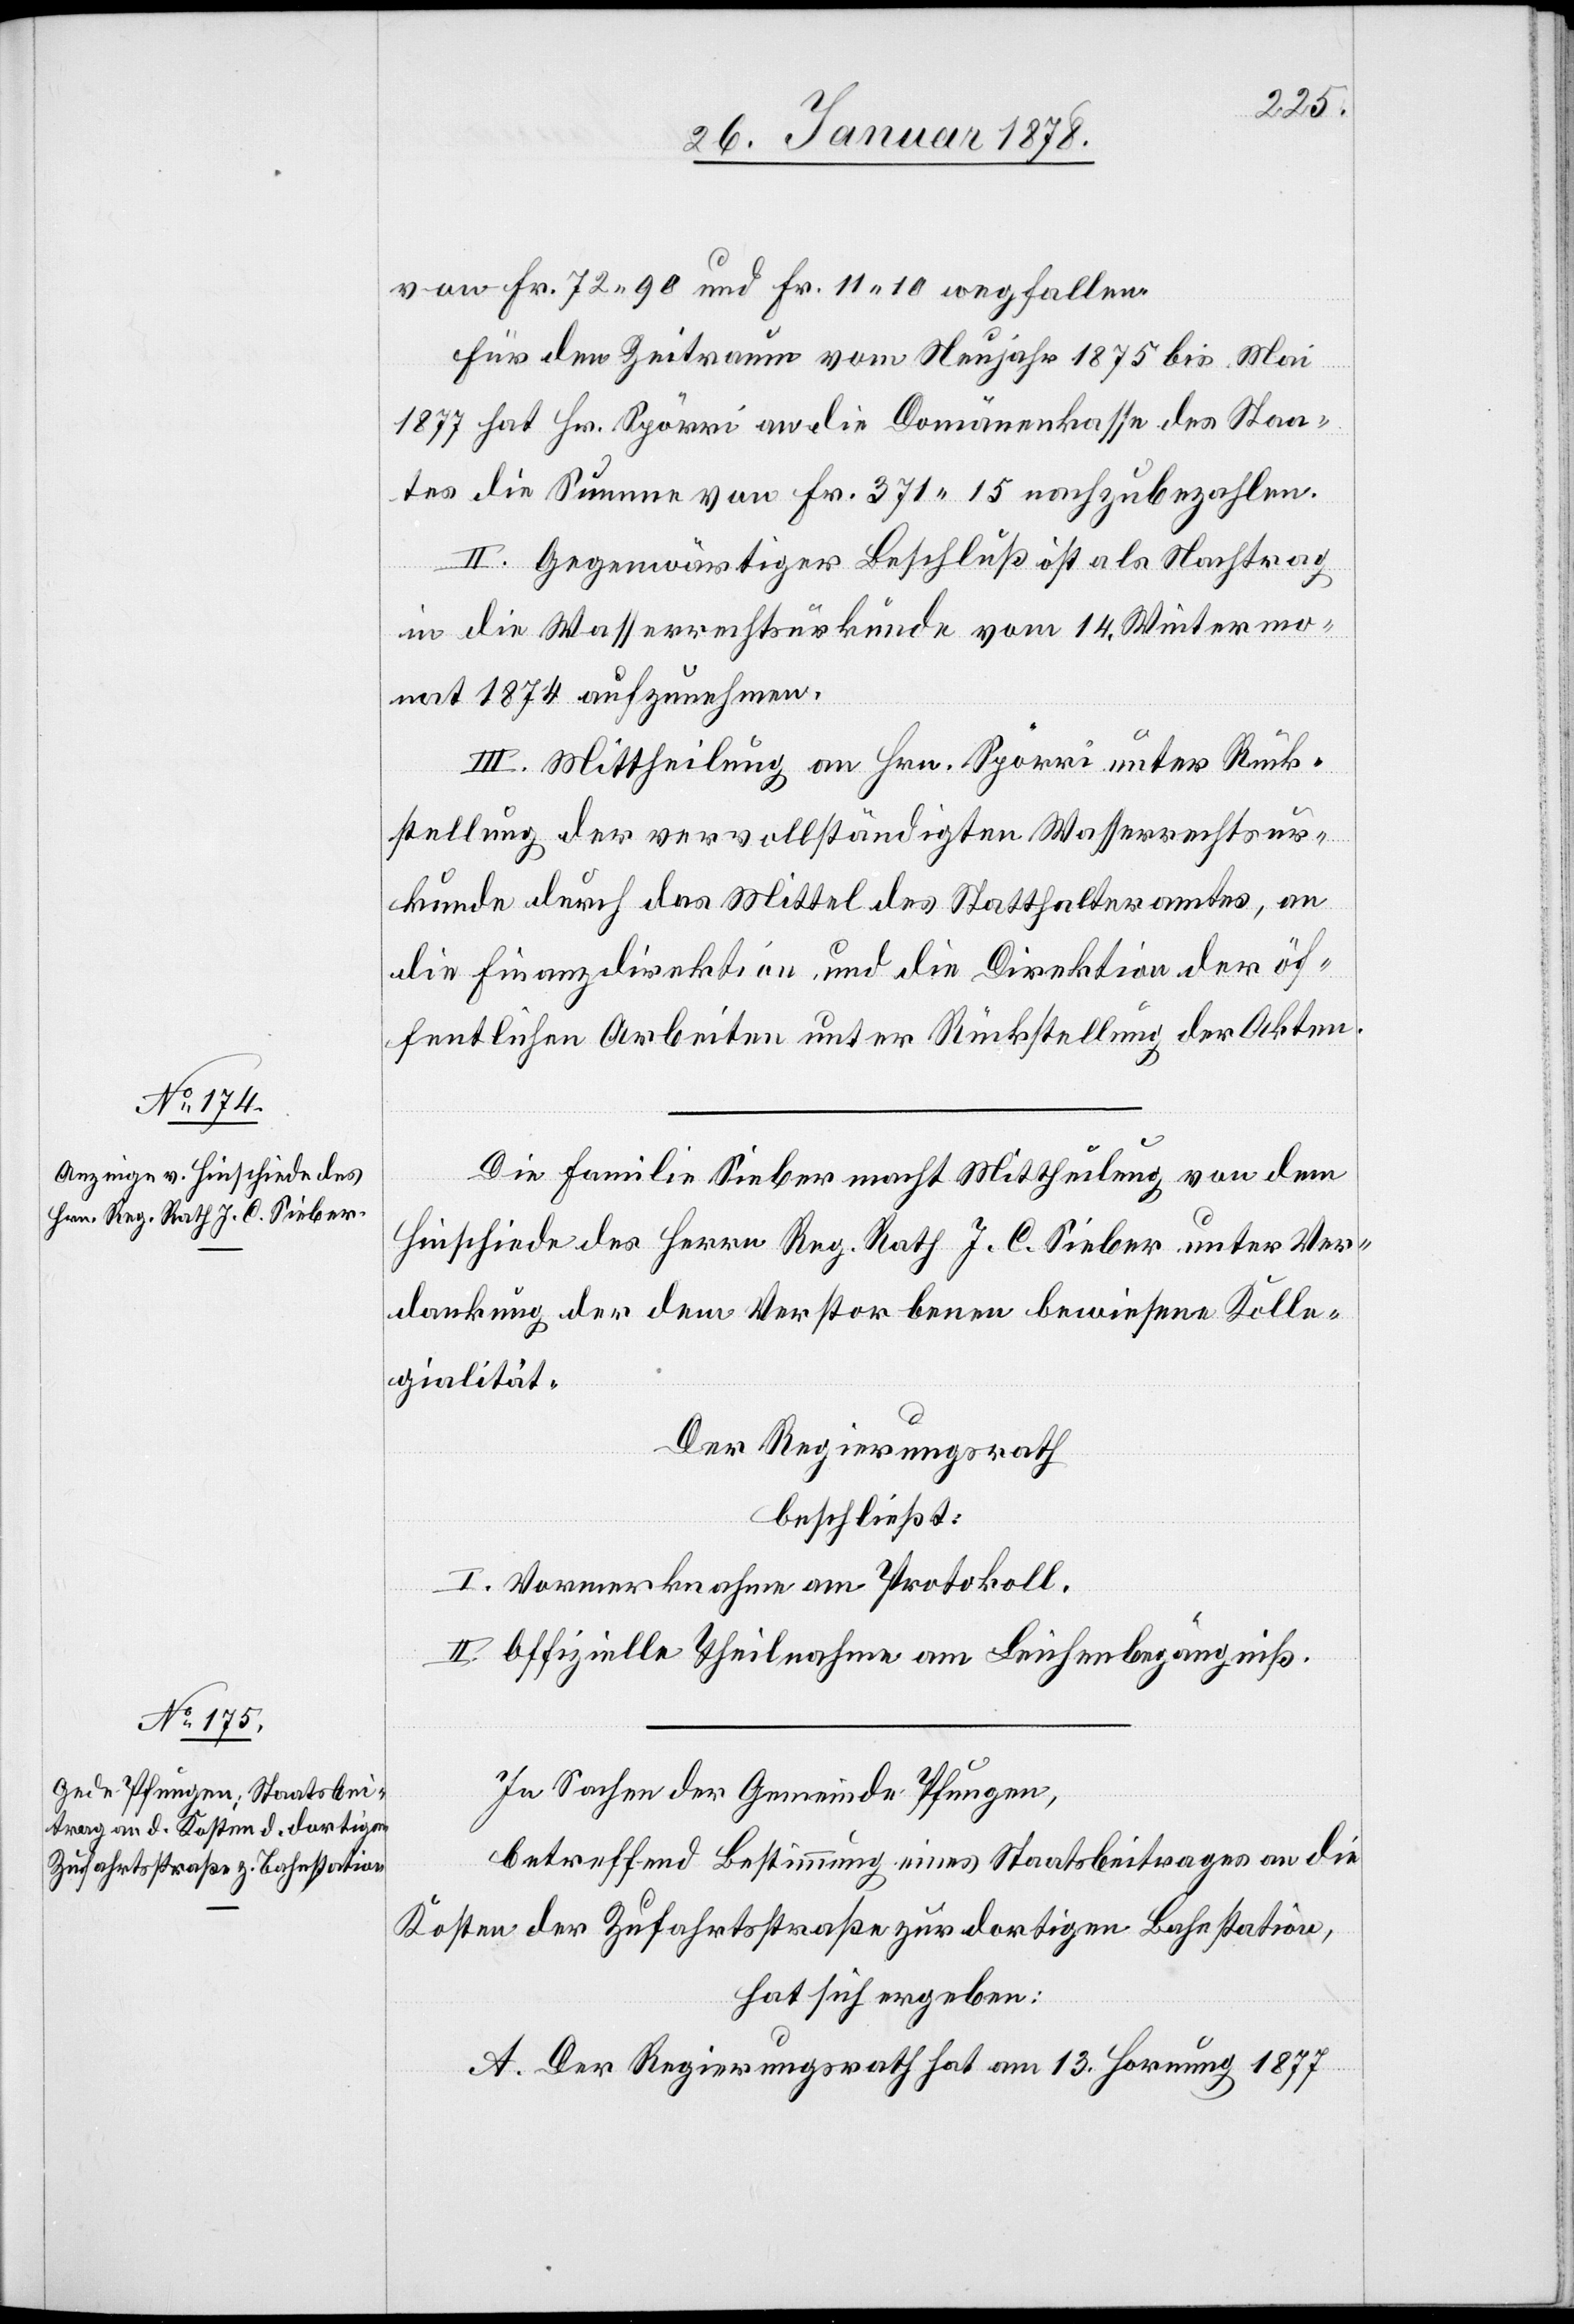
von Fr. 72.90 und Fr. 11.10 wegfallen.
Für den Zeitraum vom Neujahr 1875 bis Mai
1877 hat Hr. Spörri an die Domänenkasse des Staa¬
tes die Summe von Fr. 371.15 nachzubezahlen.
II. Gegenwärtiger Beschluß ist als Nachtrag
in die Wasserrechtsurkunde vom 14. Wintermo¬
nat 1874 anzunehmen.
III. Mittheilung an Hrn. Spörri unter Rück¬
stellung der vervollständigten Wasserrechtsur¬
kunde durch das Mittel des Statthalteramtes, an
die Finanzdirektion und die Direktion der öf¬
fentlichen Arbeiten unter Rückstellung der Akten.
Die Familie Sieber macht Mittheilung von dem
Hinschiede des Herrn Reg. Rat. J. C. Sieber unter Ver¬
dankung der dem Verstorbenen bewiesenen Kolle¬
gialität.
Der Regierungsrath
beschließt:
I. Vormerknahme am Protokoll.
II. Offizielle Theilnahme am Leichenbegängniß.
In Sachen der Gemeinde Pfungen,
betreffend Bestimmung eines Staatsbeitrages an die
Kosten der Zufahrtstraße zur dortigen Bahnstation,
hat sich ergeben:
A. Der Regierungsrath hat am 13. Hornung 1877